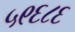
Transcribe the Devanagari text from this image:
५९६८६